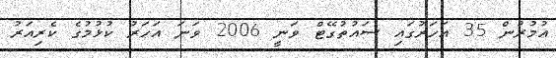
އުމުރުން 35 އަހަރުގައި ސައުތުގޭޓް ވަނީ 2006 ވަނަ އަހަރު ކުޅުމުގެ ކެރިއަރު